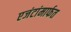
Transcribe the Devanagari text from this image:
एजंटांमार्फत